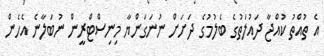
އެ ތުއްތު ކުއްޖާ ދައުލަތުގެ ބެލުމުގެ ދަށަށް ނުނަގަންޔާ މިނިސްޓްރީން ނުބަލާނެ އެހެން